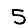
Digit: 5